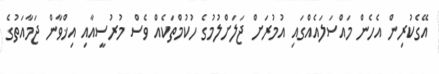
އޭގެކުރިން އެހެން މައްސަލައެއްގައި އުމުރަށް ޖަލަށްލުމުގެ ހުކުމްތަކެއް ވެސް މުރުސީއާއި އިޚްވާން ޖަމާއަތުގެ